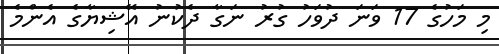
މި މަހުގެ 17 ވަނަ ދުވަހު ގުރު ނަގާ ދެކުނު އޭޝިޔާގެ އެންމެ